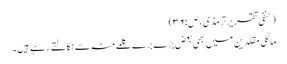
(حنفی تقریر ترمذی،ص:۳۶)
مالکی مقلدین میں بھی بعض بڑے برے کلمے منہ سے نکالتے رہے ہیں۔